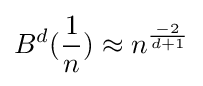
B^{d}({\frac {1}{n}})\approx n^{\frac {-2}{d+1}}